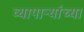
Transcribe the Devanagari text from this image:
व्यापार्‍यांच्या